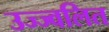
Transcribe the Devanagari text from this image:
उज्ज्वलित